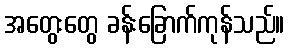
အတွေးတွေ ခန်းခြောက်ကုန်သည်။